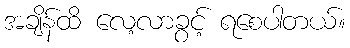
အချိန်ထိ လေ့လာခွင့် ရစေပါတယ်။